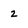
Character: 2